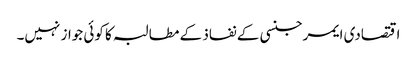
اقتصادی ایمرجنسی کے نفاذ کے مطالبہ کا کوئی جواز نہیں۔